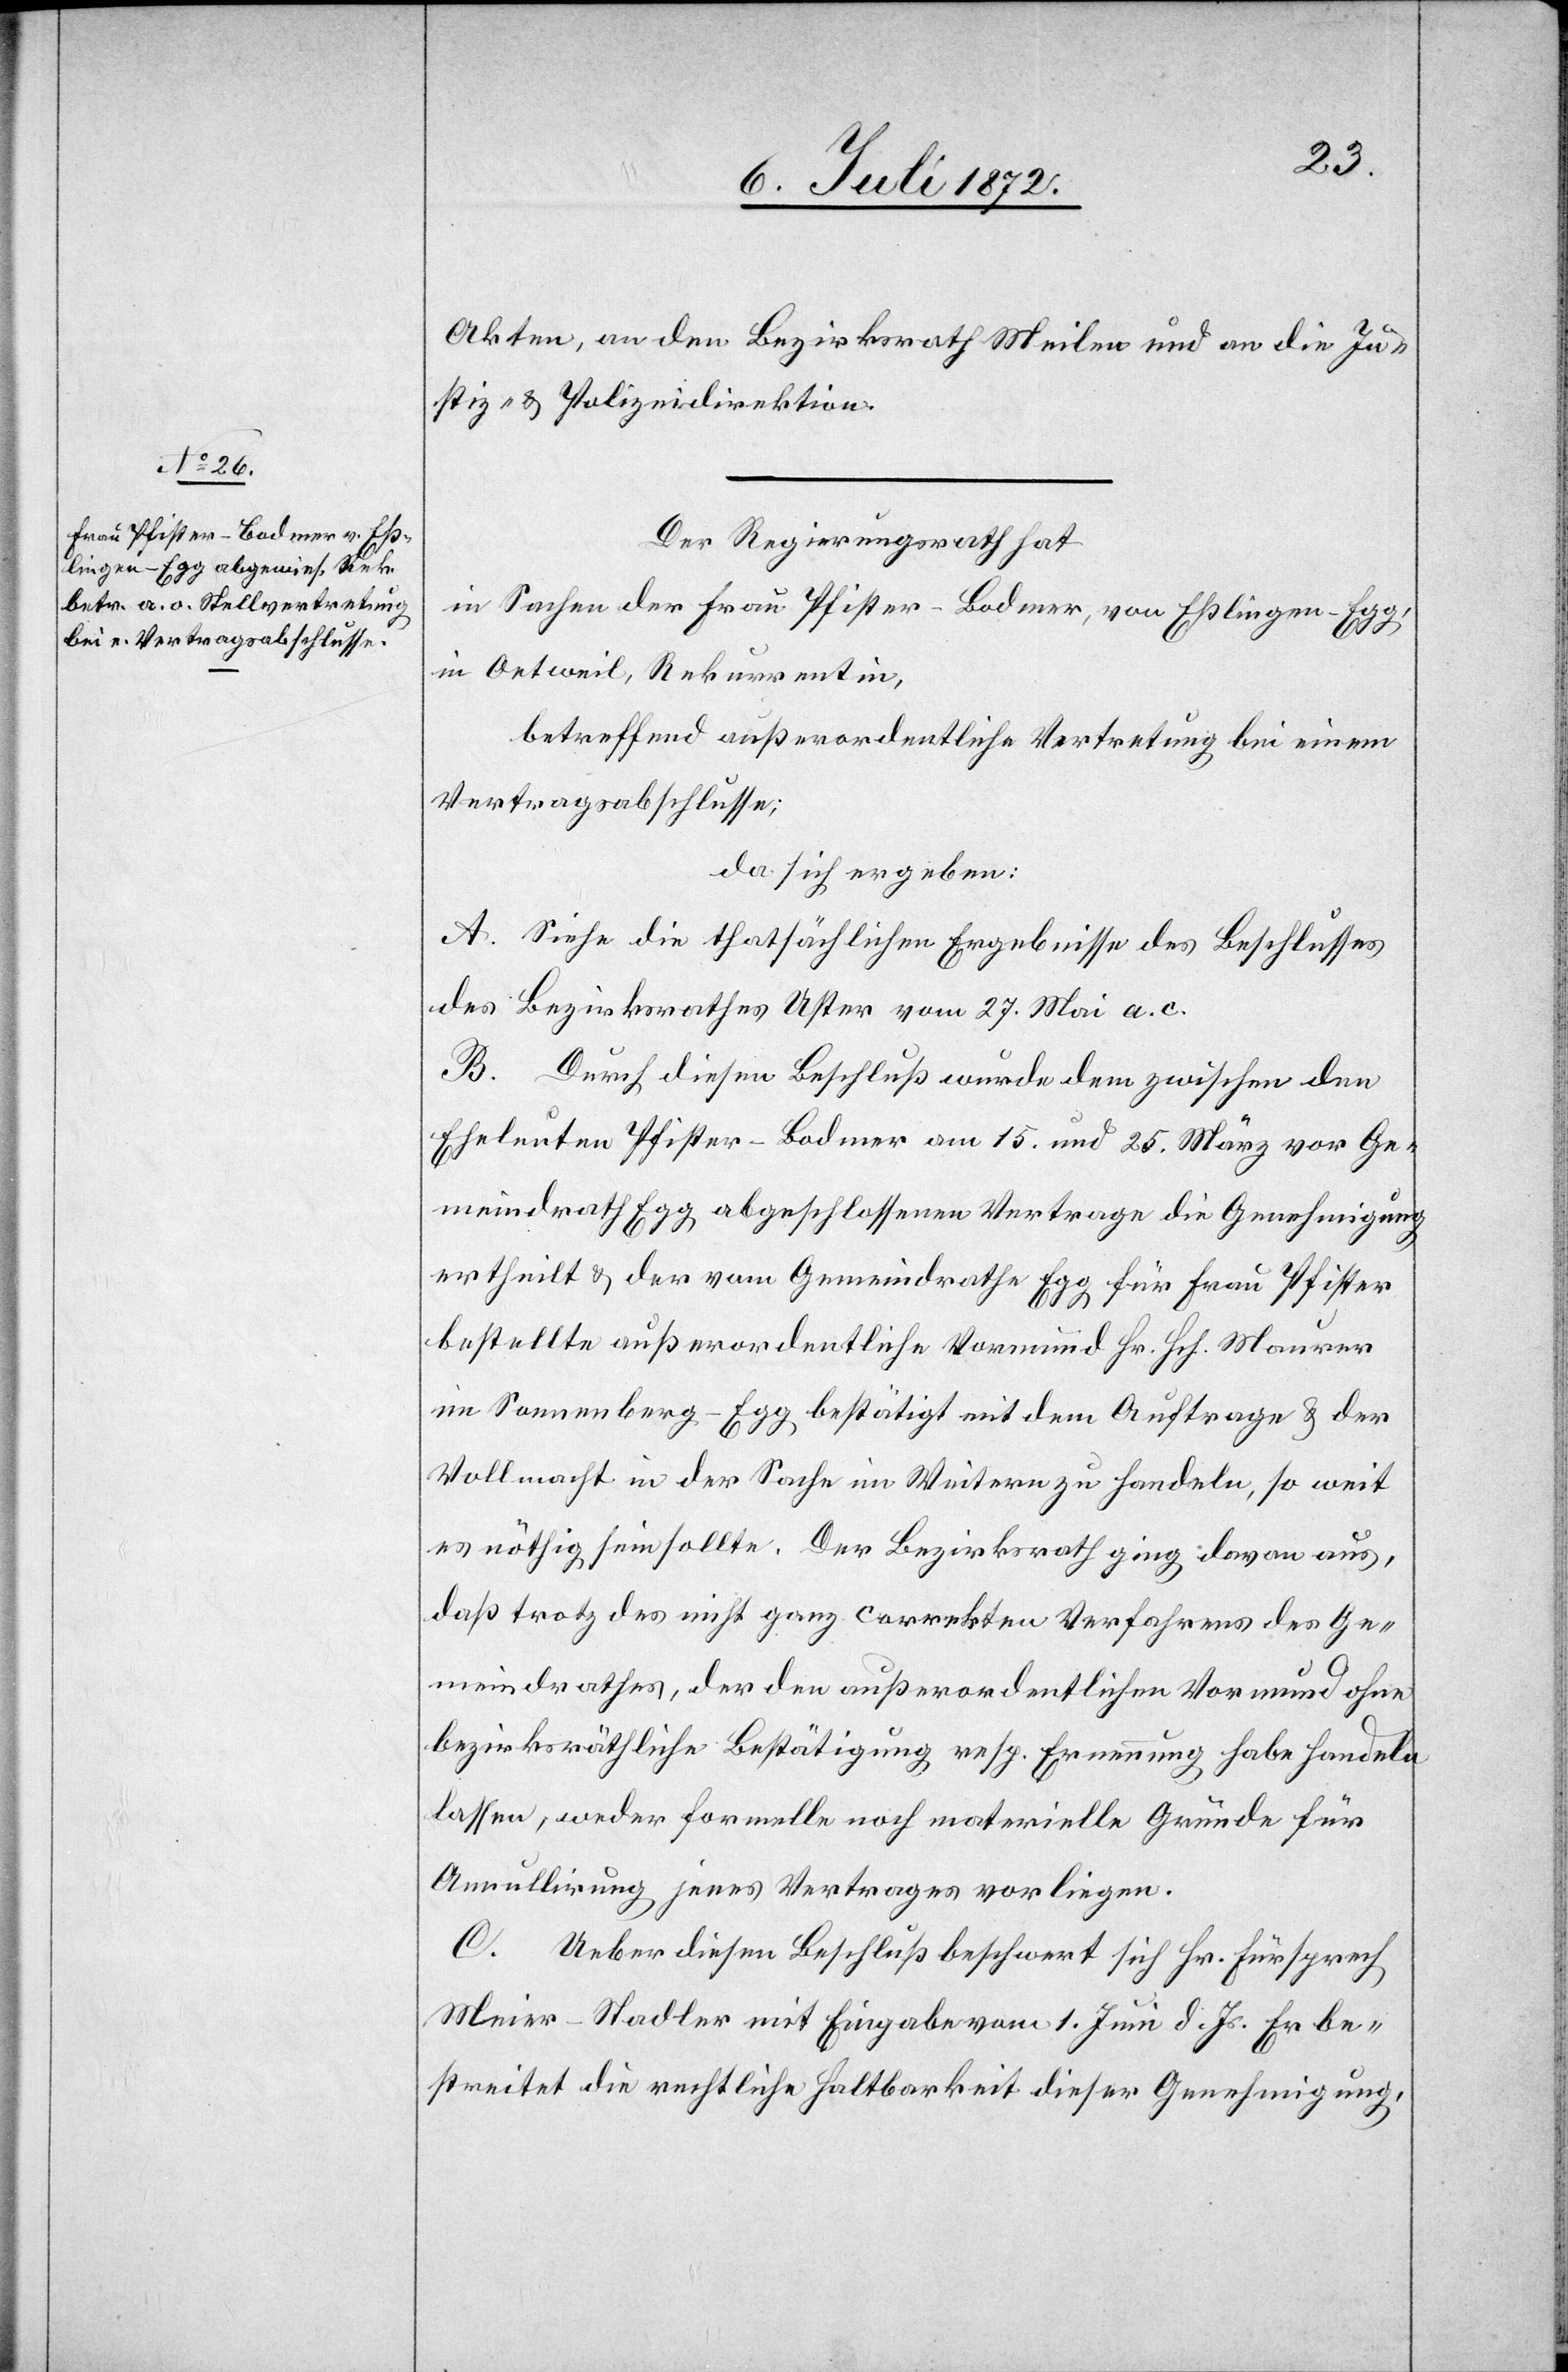
Akten, an den Bezirksrath Meilen und an die Ju¬
stiz- u. Polizeidirektion.
Der Regierungsrath hat
in Sachen der Frau Pfister-Bodmer, von Eßlingen-Egg
in Oetweil, Rekurrentin,
betreffend außerordentliche Vertretung bei einem
Vertragsabschlusse;
da sich ergeben:
A. Siehe die thatsächlichen Ergebnisse des Beschlusses
des Bezirksrathes Uster vom 27. Mai a. c.
B. Durch diesen Beschluß wurde dem zwischen den
Eheleuten Pfister-Bodmer am 15. und 25. März vor Ge¬
meindrath Egg abgeschlossenen Vertrage die Genehmigung
ertheilt u. der vom Gemeindrathe Egg für Frau Pfister
bestellte außerordentliche Vormund Hr. Hch. Maurer
im Sonnenberg-Egg bestätigt mit dem Auftrage u. der
Vollmacht in der Sache im Weitern zu handeln, so weit
es nöthig sein sollte. Der Bezirksrath ging davon aus,
daß trotz des nicht ganz correkten Verfahres des Ge¬
meindrathes, der den außerordentlichen Vormund ohne
bezirksräthliche Bestätigung resp. Ernennung habe handeln
lassen, weder formelle noch materielle Gründe für
Annullirung jenes Vertrages vorliegen.
C. Ueber diesen Beschluß beschwert sich Hr. Fürsprech
Meier-Stadler mit Eingabe vom 1. Juni d. Js. Er be¬
streitet die rechtliche Haltbarkeit dieser Genehmigung,